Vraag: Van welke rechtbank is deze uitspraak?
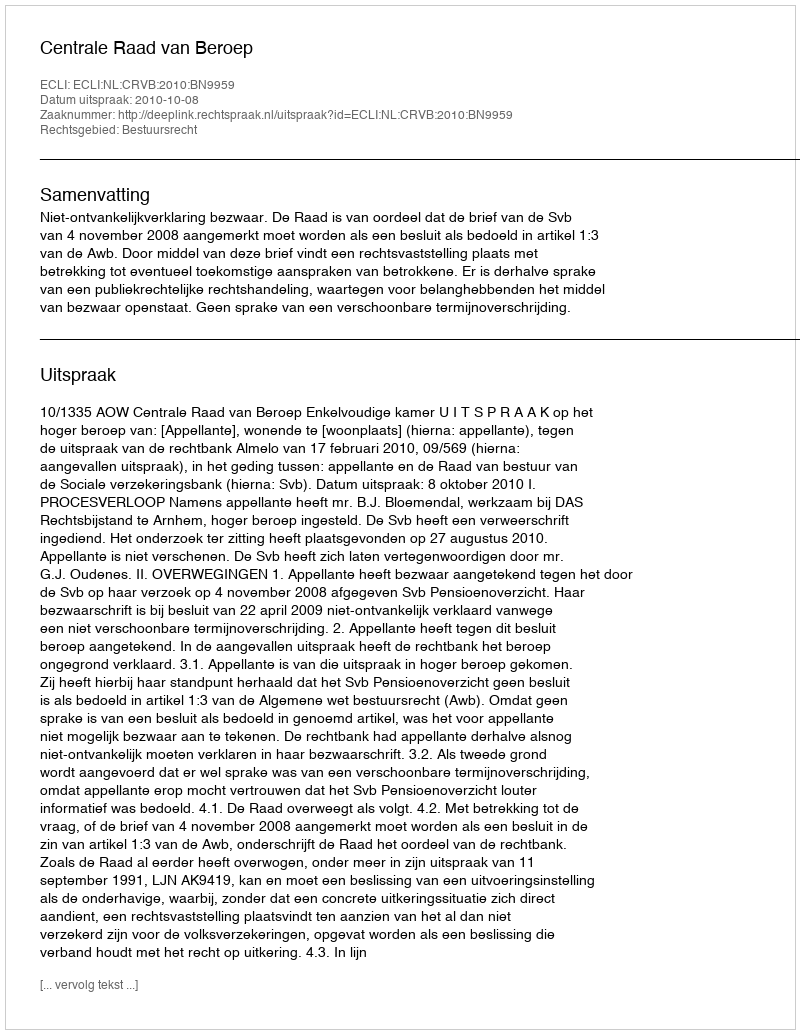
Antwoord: Centrale Raad van Beroep